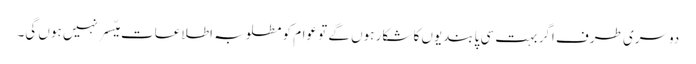
دوسری طرف اگر بہت سی پابندیوں کا شکار ہوں گے تو عوام کو مطلوبہ اطلاعات میّسر نہیں ہوں گی۔